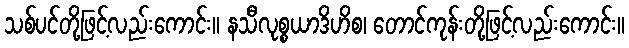
သစ်ပင်တို့ဖြင့်လည်းကောင်း။ နသီလုစ္စယာဒိဟိစ၊ တောင်ကုန်းတို့ဖြင့်လည်းကောင်း။